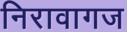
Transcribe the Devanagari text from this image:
निरावागज